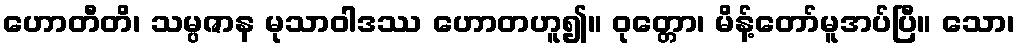
ဟောတီတိ၊ သမ္ပဇာန မုသာဝါဒဿ ဟောတဟူ၍။ ဝုတ္တော၊ မိန့်တော်မူအပ်ပြီ။ သော၊